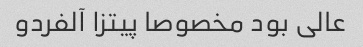
عالی بود مخصوصا پیتزا آلفردو